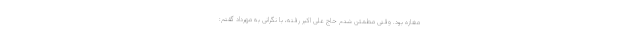
مغازه بود. وقتی مطمئن شدم حاج علی اکبر رفته، با نگرانی به مهرداد گفتم: